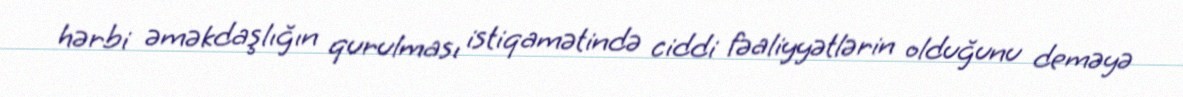
hərbi əməkdaşlığın qurulması istiqamətində ciddi fəaliyyətlərin olduğunu deməyə